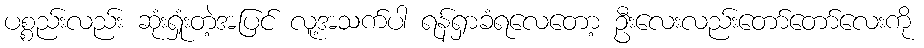
ပစ္စည်းလည်း ဆုံးရှုံးတဲ့အပြင် လူ့အသက်ပါ ရန်ရှာခံရလေတော့ ဦးလေးလည်းတော်တော်လေးကို